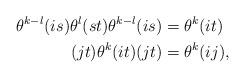
LaTeX: \begin{align*}\theta^{k-l}(is)\theta^l(st)\theta^{k-l}(is)&=\theta^k(it)\\(jt)\theta^k(it)(jt)&=\theta^k(ij),\end{align*}